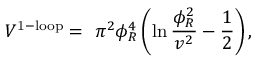
V ^ { \mathrm { 1 - l o o p } } = { } ~ \pi ^ { 2 } \phi _ { R } ^ { 4 } \left( \ln { \frac { \phi _ { R } ^ { 2 } } { v ^ { 2 } } } - { \frac { 1 } { 2 } } \right) ,